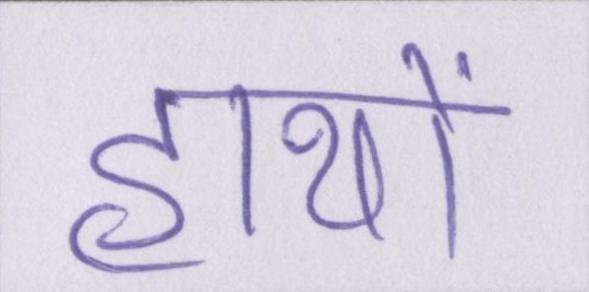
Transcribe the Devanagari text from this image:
हाथों